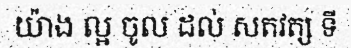
យ៉ាង ល្អ ចូល ដល់ សតវត្ស ទី